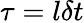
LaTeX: \tau=l\delta t